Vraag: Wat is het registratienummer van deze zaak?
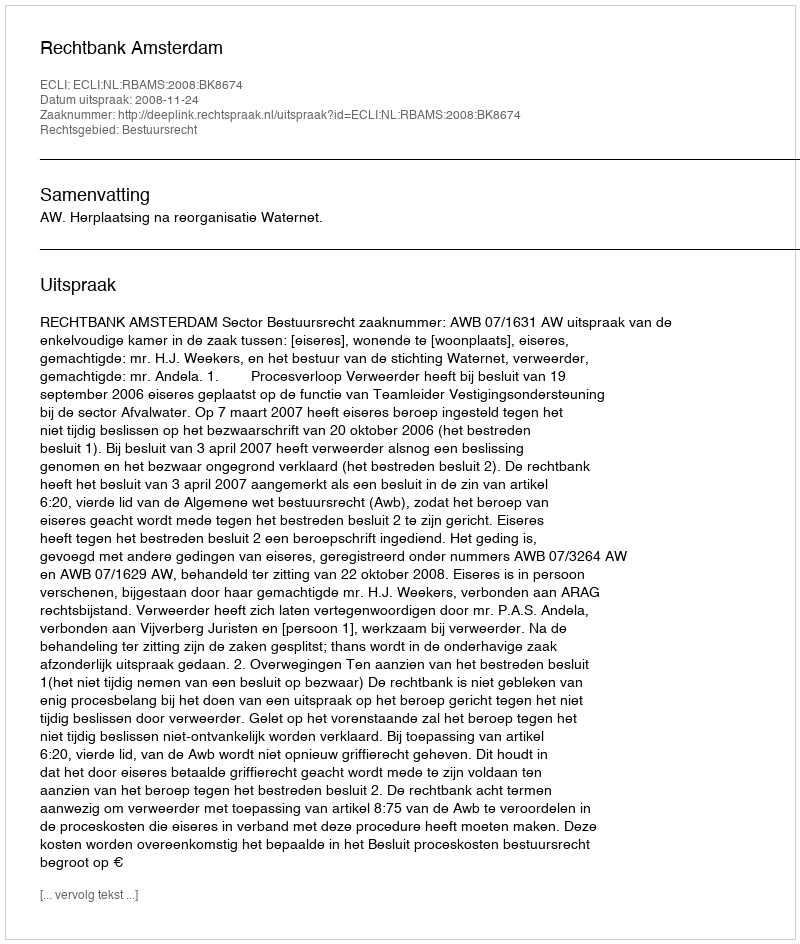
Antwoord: http://deeplink.rechtspraak.nl/uitspraak?id=ECLI:NL:RBAMS:2008:BK8674